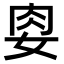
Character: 𭑶